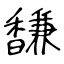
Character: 馦